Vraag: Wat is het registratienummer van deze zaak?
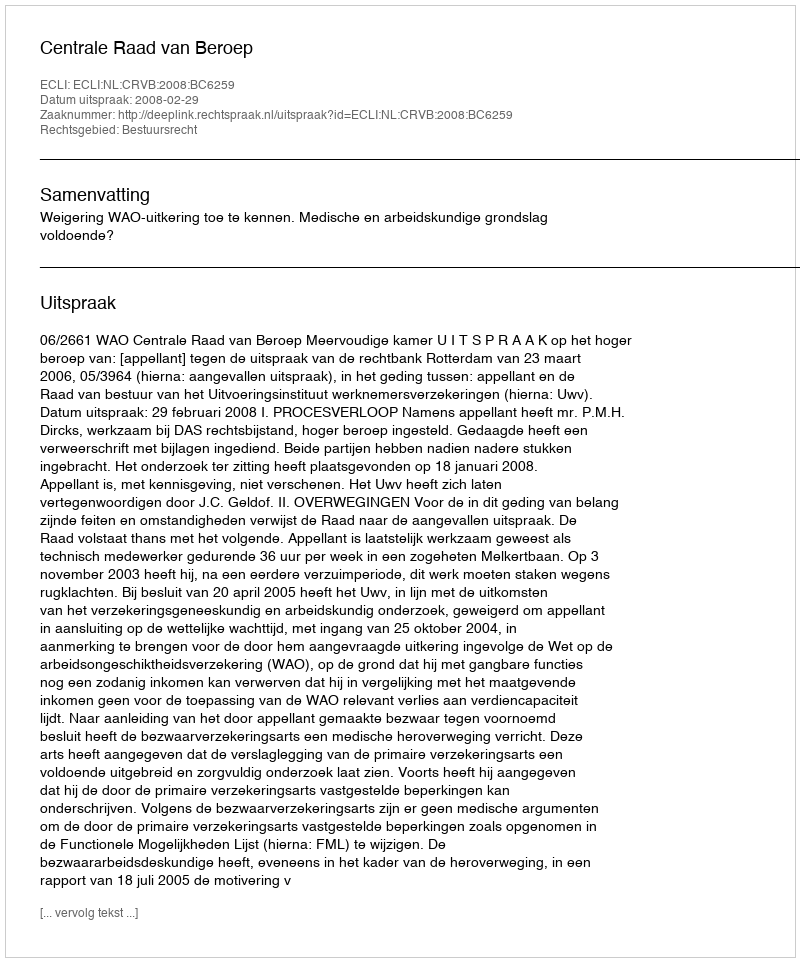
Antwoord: http://deeplink.rechtspraak.nl/uitspraak?id=ECLI:NL:CRVB:2008:BC6259